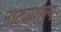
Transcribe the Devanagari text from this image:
नाट्यशिल्प